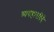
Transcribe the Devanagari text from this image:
व्यवहारविदे